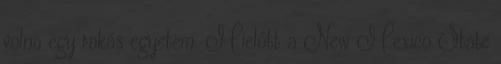
volna egy rakás egyetem. Mielőtt a New Mexico State